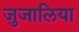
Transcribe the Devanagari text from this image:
जुजालिया